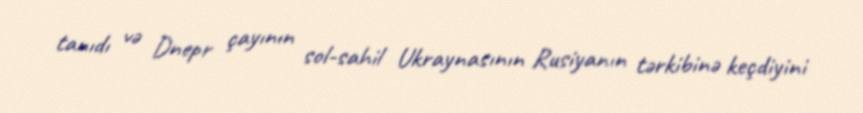
tanıdı və Dnepr çayının sol-sahil Ukraynasının Rusiyanın tərkibinə keçdiyini